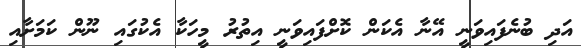
އަދި ބުނެފައިވަނީ އޭނާ އެކަން ކޮށްފައިވަނީ އިތުރު މީހަކާ އެކުގައި ނޫން ކަމަށާއި